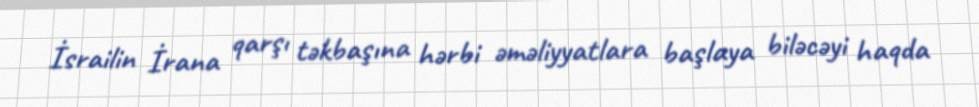
İsrailin İrana qarşı təkbaşına hərbi əməliyyatlara başlaya biləcəyi haqda